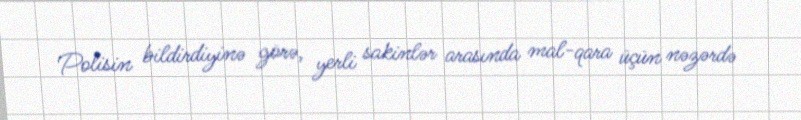
Polisin bildirdiyinə görə, yerli sakinlər arasında mal-qara üçün nəzərdə